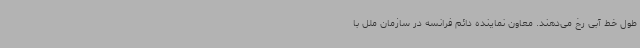
طول خط آبی رخ می‌دهند. معاون نماینده دائم فرانسه در سازمان ملل با